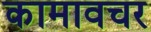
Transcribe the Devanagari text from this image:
कामावचर